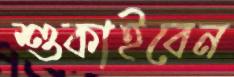
শুকাইবেন